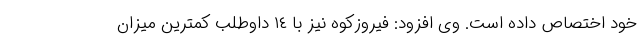
خود اختصاص داده است. وی افزود: فیروزکوه نیز با ١٤ داوطلب کمترین میزان